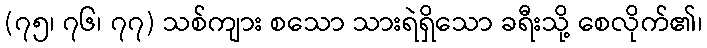
(၇၅၊ ၇၆၊ ၇၇) သစ်ကျား စသော သားရဲရှိသော ခရီးသို့ စေလိုက်၏၊